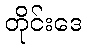
တိုင်းဒေ